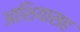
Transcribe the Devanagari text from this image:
आशियासह